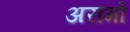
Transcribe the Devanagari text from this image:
अरागो